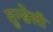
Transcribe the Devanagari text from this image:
तुन्सेली